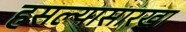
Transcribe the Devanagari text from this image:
हसल्यासारखा